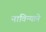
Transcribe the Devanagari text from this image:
नाविन्याने